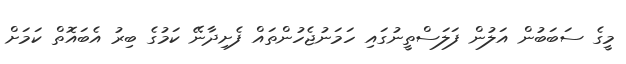
މީގެ ސަބަބުން އަލުން ފަލަސްތީނުގައި ހަމަނުޖެހުންތައް ފެށިދާނޭ ކަމުގެ ބިރު އެބައޮތް ކަމަށް